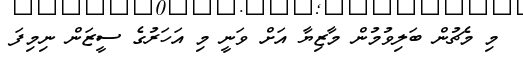
މި މެޗުން ބަލިވުމުން މާޒިޔާ އަށް ވަނީ މި އަހަރުގެ ސީޒަން ނިމިފަ